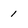
Character: 1